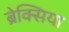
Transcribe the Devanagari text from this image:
ब्रेक्सिया